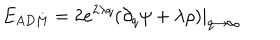
LaTeX: E _ { \mathrm { A D M } } = 2 e ^ { 2 \lambda q } ( \partial _ { q } \psi + \lambda \rho ) | _ { q \to \infty }